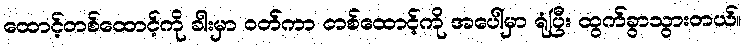
ထောင့်တစ်ထောင့်ကို ခါးမှာ ဝတ်ကာ တစ်ထောင့်ကို အပေါ်မှာ ရုံပြီး ထွက်ခွာသွားတယ်။